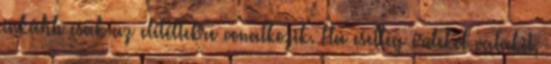
inkább csak az elítéltekre vonatkozik. Ha esetleg érdekel valakit,